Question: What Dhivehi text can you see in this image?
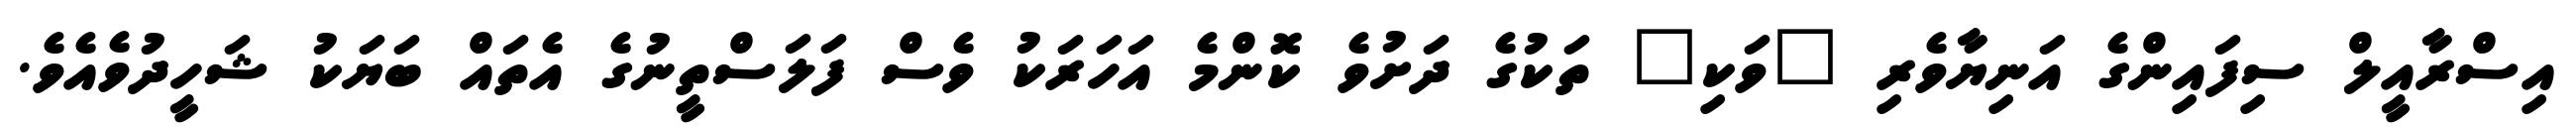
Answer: އިސްރާއީލް ސިފައިންގެ އަނިޔާވެރި "ވަކި" ތަކުގެ ދަށުވެ ކޮންމެ އަހަރަކު ވެސް ފަލަސްތީނުގެ އެތައް ބަޔަކު ޝަހީދުވެއެވެ.